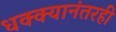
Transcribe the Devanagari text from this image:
धक्क्यानंतरही